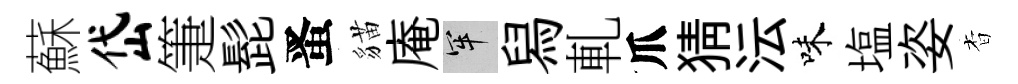
蘇岱箑髭󱉠貓庵牢舄軋爪猜沄味塩姿杳